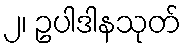
၂၊ ဥပါဒါနသုတ်